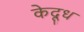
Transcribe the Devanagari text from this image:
केदूध